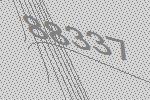
88337